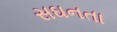
સઘનતા